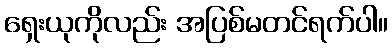
ရှေးယုကိုလည်း အပြစ်မတင်ရက်ပါ။